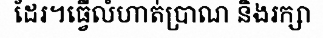
ដែរ។ធ្វើលំហាត់ប្រាណ និងរក្សា